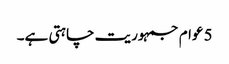
5 عوام جمہوریت چاہتی ہے۔